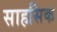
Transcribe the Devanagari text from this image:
साहसिक